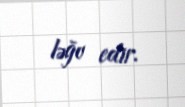
ləğv edir.